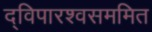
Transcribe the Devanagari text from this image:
द्विपारश्वसममित